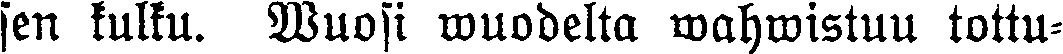
sen kulku. Wuosi wuodelta wahwistuu tottu-